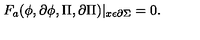
F _ { a } ( \phi , \partial \phi , \Pi , \partial \Pi ) | _ { x \epsilon \partial \Sigma } = 0 .